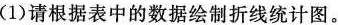
(1)请根据表中的数据绘制折线统计图。